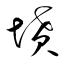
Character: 墳